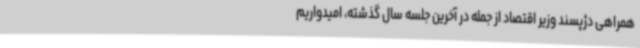
همراهی دژپسند وزیر اقتصاد از جمله در آخرین جلسه سال گذشته، امیدواریم